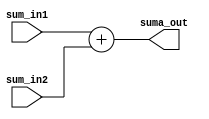
`timescale 1ns/1ns

module Sumador(
    input [31:0]sum_in1,sum_in2,
    output [31:0]suma_out
);

assign suma_out=sum_in1+sum_in2;

endmodule